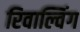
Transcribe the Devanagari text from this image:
रिवाल्विंग